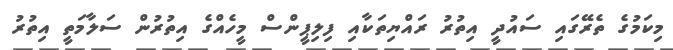
މިކަމުގެ ތެރޭގައި ސައުދީ އިތުރު ރައްޔިތަކާއި ފިލިޕީންސް މީހެއްގެ އިތުރުން ސަލާމަތީ އިތުރު